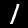
Digit: 1